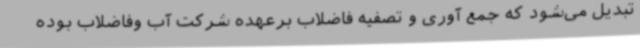
تبدیل می‌شود که جمع آوری و تصفیه فاضلاب برعهده شرکت آب وفاضلاب بوده